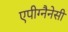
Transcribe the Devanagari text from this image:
एपीग्नैनेसी